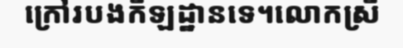
ក្រៅរបងកីឡដ្ឋានទេ។លោកស្រី